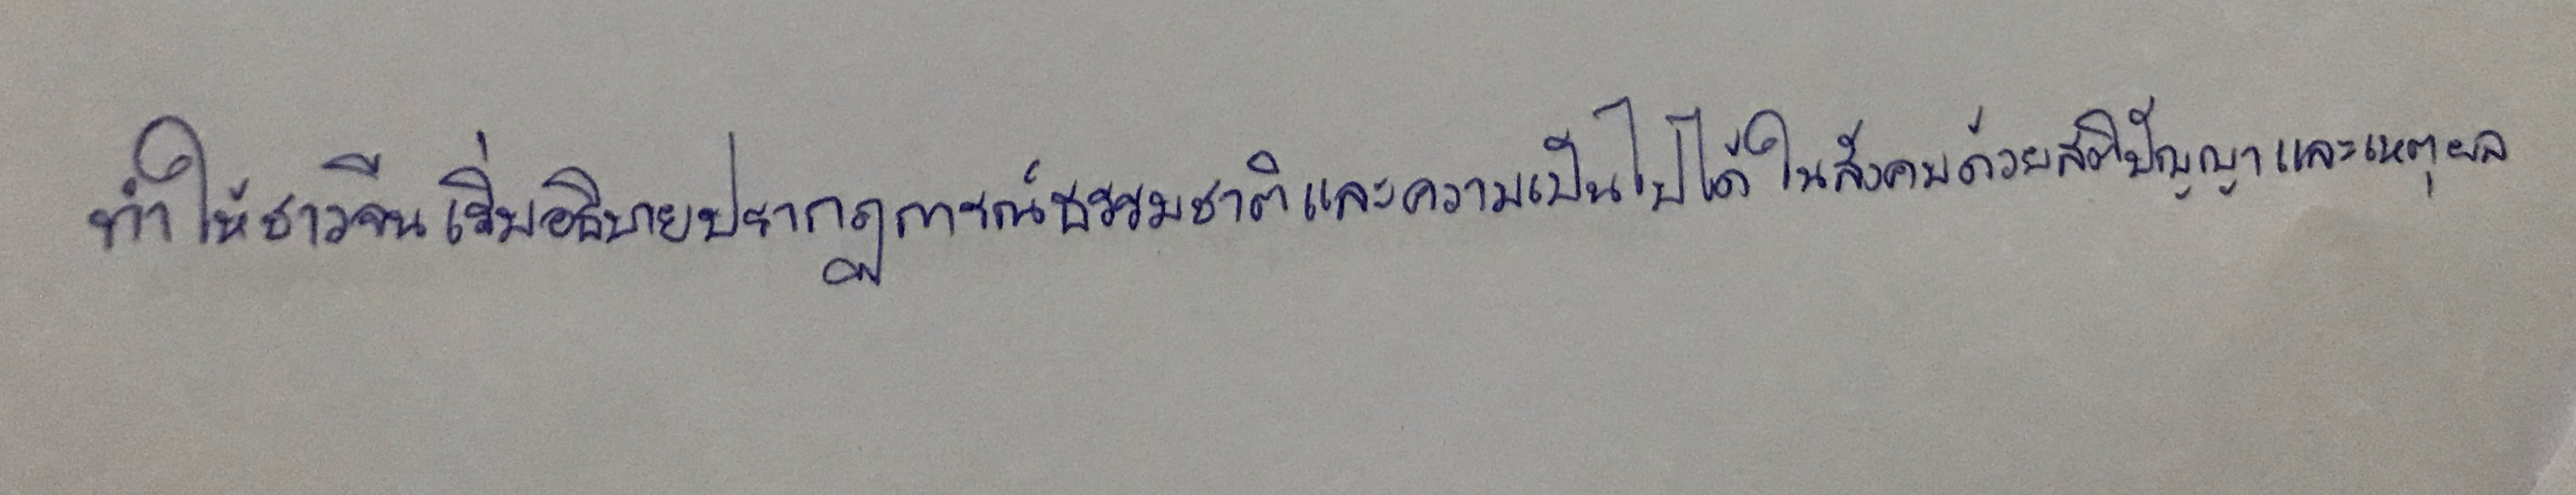
ทำให้ชาวจีนเริ่มอธิบายปรากฏการณ์ธรรมชาติและความเป็นไปในสังคมด้วยสติปัญญาและเหตุผล